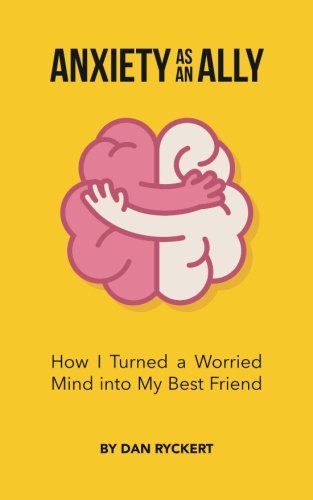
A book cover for Anxiety as an Ally: How I Turned a Worried Mind into My Best Friend; Dan Ryckert; Self-Help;